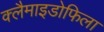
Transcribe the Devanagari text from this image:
क्लैमाइडोफिला